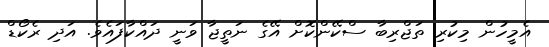
އެމީހުން މިކުރި ތަޖްރިބާ ސްކޭންކޮށް އޭގެ ނަތީޖާ ވަނީ ދައްކާފައެވެ. އަދި ރެކޯޑް